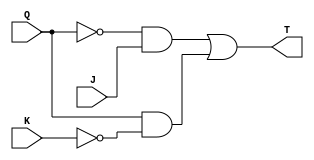
// Q3. Design and test JK flip-flop.


// design.sv

// Data-Flow
module circuit3(J, K, Q, T);
  input    J, K, Q;
  output   T;
  assign   T = ((!(Q)) && J) || (Q && (!(K)));
endmodule